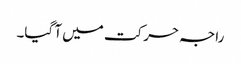
راجہ حرکت میں آ گیا۔